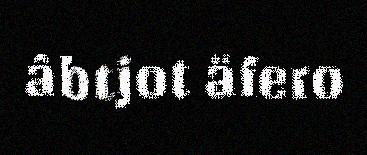
âbtjot äfero